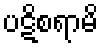
ပဋိစရာမိ